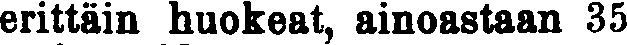
erittäin huokeat, ainoastaan 35